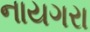
નાયગરા